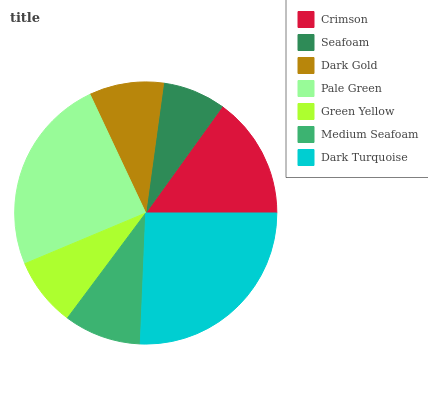
| Crimson | Seafoam | Dark Gold | Pale Green | Green Yellow | Medium Seafoam | Dark Turquoise |
 | --- | --- | --- | --- | --- | --- | --- |
 | 15.1% | 7.75% | 9.17% | 24.4% | 8.48% | 9.54% | 25.6% |